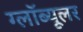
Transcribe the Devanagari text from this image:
ग्लॉब्यूलर